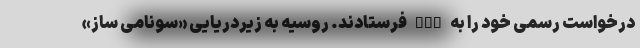
درخواست رسمی خود را به AFC فرستادند. روسیه به زیردریایی «سونامی ساز»